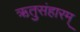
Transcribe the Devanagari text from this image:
ऋतुसंहारम्